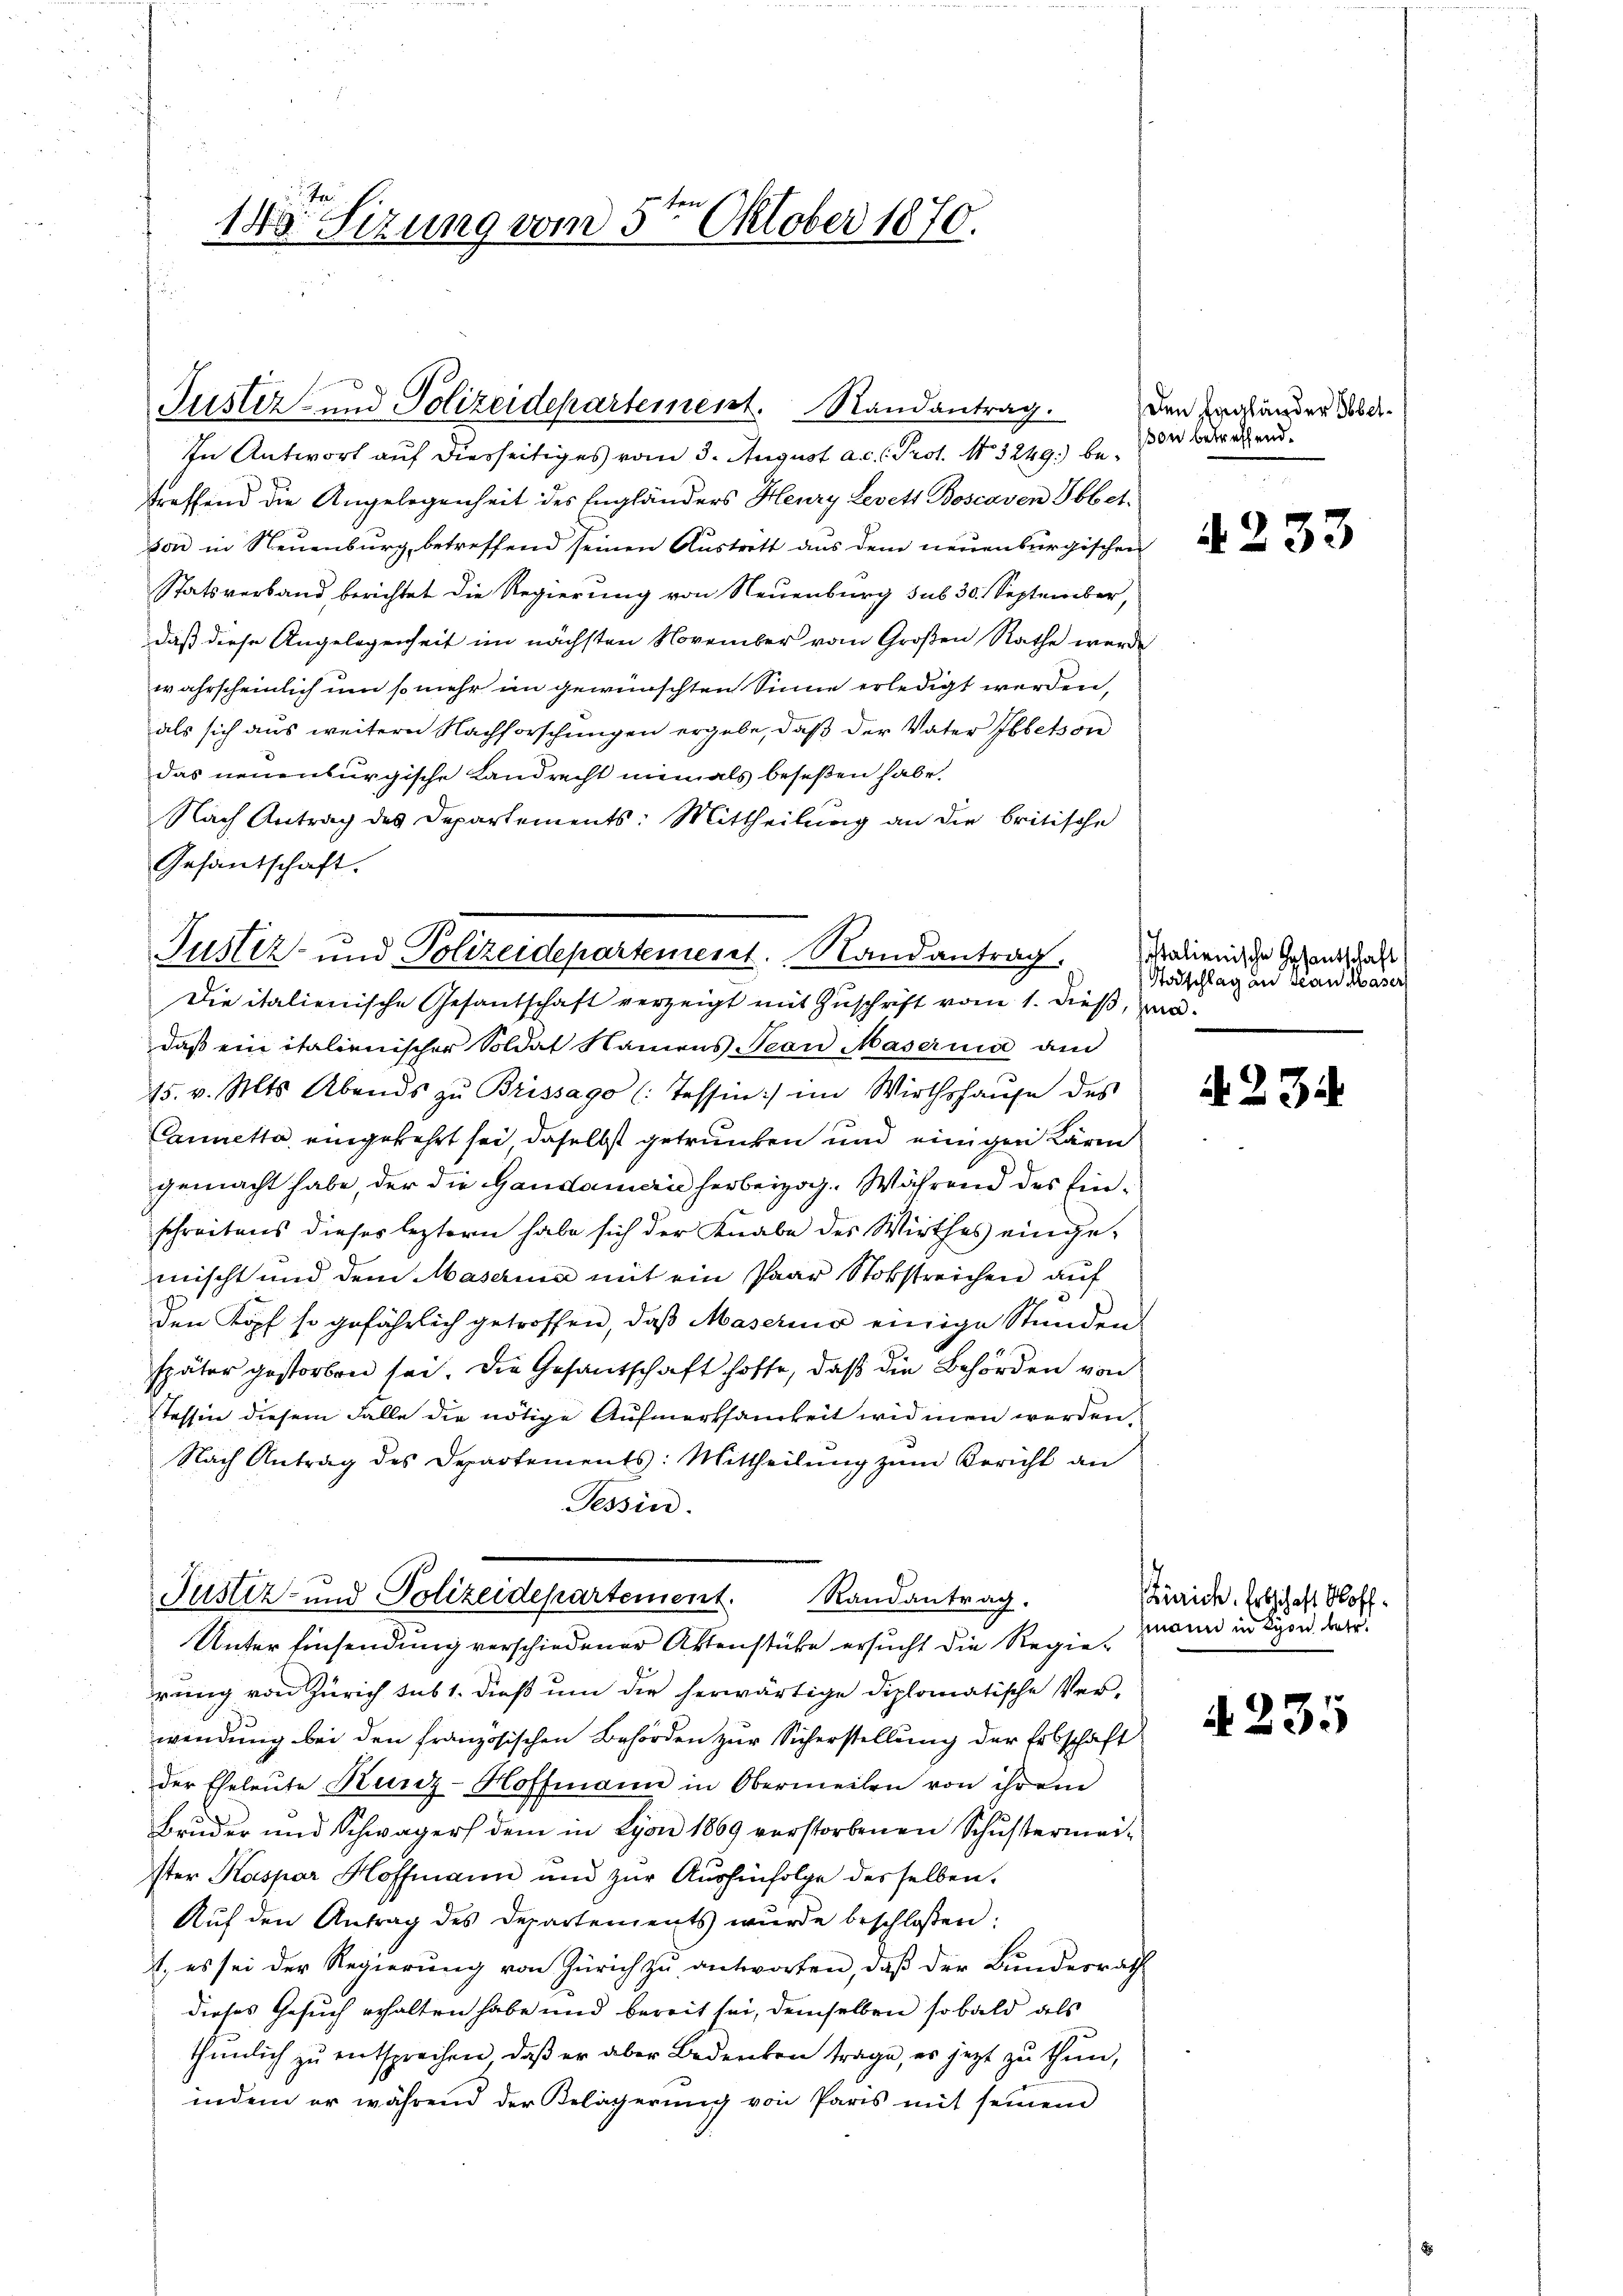
Justiz- und Polizeidepartement. Randantrag.

Justiz- und Polizeidepartement. Randantrag.
Die italienische Gesantschaft verzeigt mit Zuschrift vom 1. dieß, war.

t h.
140. Sitzung vom 5te͇n Oktober 1870.

Statsverband berichtet die Regierung von Neuenburg sub 30. September,
daß diese Angelegenheit im nächsten November vom Großen Rathe werde
wahrscheinlich um so mehr im gewünschten Sinne erledigt werden,
als sich aus weitern Nachforschungen ergebe, daß der Vater beton
das neuenburgische Landrecht niemals beseßen habe.
Nach Antrag des Departements: Mittheilung an die britische
Gesandschaft.

In Antwort auf diesseitiges vom 3. August a.c.l. Prot. 3249) betreffend die Angelegenheit des Engländers Henry Levett Boscaven Ibbet.
von in Neuenburg, betreffend seinen Austrett aus dem neuenburgischen

daß ein italienischer Soldat Namens Jean Masernia am
15. v. Mts. Abends zu Brissago (: Tessin:/ im Wirthshause des
Cannetta eingekehrt sei daselbst getrunken und einigen Kärm
gemacht habe, der die Gandamerie herbeizog. Während des Einschreibens dieses leztern habe sich der Knabe des Wirthes eingemischt und dem Maserina mit ein Paar Stokstreichen auf
den Kopf so gefährlich getroffen, daß Maserino einige Stunden
später gestorben sei. Die Gesandschaft hoffe, daß die Behörden von
Tessin diesem Falle die nötige Aufmerksamkeit widmen werden,
Nach Antrag des Departements: Mittheilung zum Bericht an
Tessin.
Justiz- und Polizeidepartement. Randantrag.
Unter Einsendung verschiedener Aktenstücke ersucht die Regierung von Zürich sub 1. dieß um die herwärtige Diplomatische Ver-
wendung bei den französischen Behörden zur Sicherstellung der Erbschaft
der Eheleŭte Kunz-Hoffmann in Oberweilen von ihrem
Bruder und Schwagers dem in Lyon 1869 verstorbenen Schustermeister Kaspar Hoffmann und zur Aushinfolge desselben.
Auf den Antrag des Departements wurde beschlossen:
1., es sei der Regierung von Zürich zu antworten, daß der Bundesrath
dieses Gesuch erhalten habe und bereit sei, demselben sobald als
thunlich zu entsprechen, daß er aber Bedenken trage, es jezt zu thun,
indem er während der Belägerung von Paris mit seinem

den Engländer Oberon betreffend.

§ 233

sitalienische Gesandschaft
Todschlag an Jean Kaser

A. 234

Zürich. Erbschaft Hoff
zmann in Lyon betr.

235